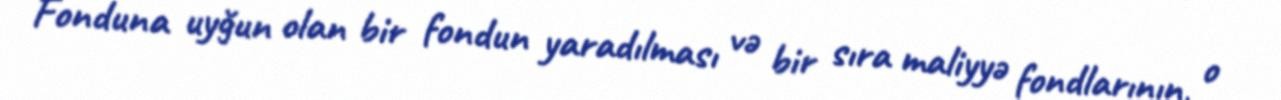
Fonduna uyğun olan bir fondun yaradılması və bir sıra maliyyə fondlarının, o